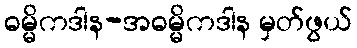
ဓမ္မိကဒါန-အဓမ္မိကဒါန မှတ်ဖွယ်